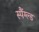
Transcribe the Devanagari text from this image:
स्पैंग्ल्ड